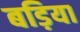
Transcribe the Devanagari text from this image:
बड़िया